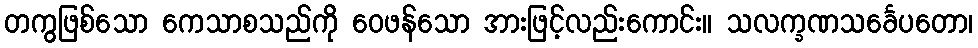
တကွဖြစ်သော ကေသာစသည်ကို ဝေဖန်သော အားဖြင့်လည်းကောင်း။ သလက္ခဏသင်္ခေပတော၊